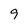
Character: 9